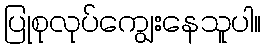
ပြုစုလုပ်ကျွေးနေသူပါ။